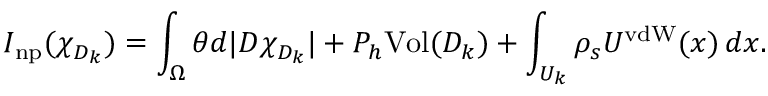
I _ { \mathrm { n p } } ( \chi _ { D _ { k } } ) = \int _ { \Omega } \theta d | D \chi _ { D _ { k } } | + P _ { h } \mathrm { V o l } ( D _ { k } ) + \int _ { U _ { k } } \rho _ { s } U ^ { \mathrm { v d W } } ( x ) \, d x .